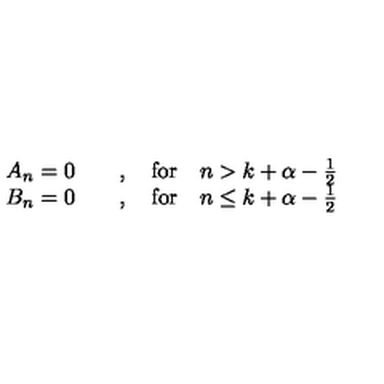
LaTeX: \begin{array} { c } { A _ { n } = 0 \qquad , \quad \mathrm { f o r } \quad n > k + \alpha - \frac { 1 } { 2 } } \\ { B _ { n } = 0 \qquad , \quad \mathrm { f o r } \quad n \leq k + \alpha - \frac { 1 } { 2 } } \\ \end{array}